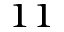
^ { 1 1 }